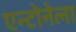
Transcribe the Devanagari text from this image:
एन्टोनेला